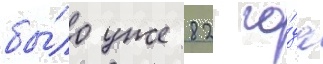
бы́ло уже 82 го́да